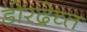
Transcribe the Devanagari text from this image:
डोरद्रेच्त